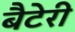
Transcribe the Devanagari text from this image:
बैटेरी